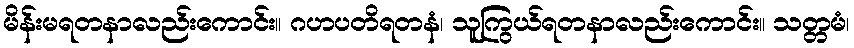
မိန်းမရတနာလည်းကောင်း။ ဂဟပတိရတနံ၊ သူကြွယ်ရတနာလည်းကောင်း။ သတ္တမံ၊